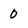
Character: 0